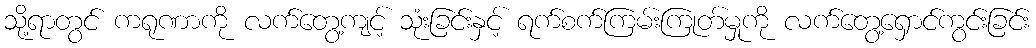
သို့ရာတွင် ကရုဏာကို လက်တွေ့ကျင့် သုံးခြင်းနှင့် ရက်စက်ကြမ်းကြုတ်မှုကို လက်တွေ့ရှောင်ကွင်းခြင်း